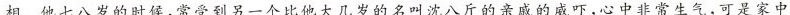
相。他七八岁的时候,常受到另一个比他大几岁的名叫沈八斤的亲成的威吓,心中非常生气,可是家中